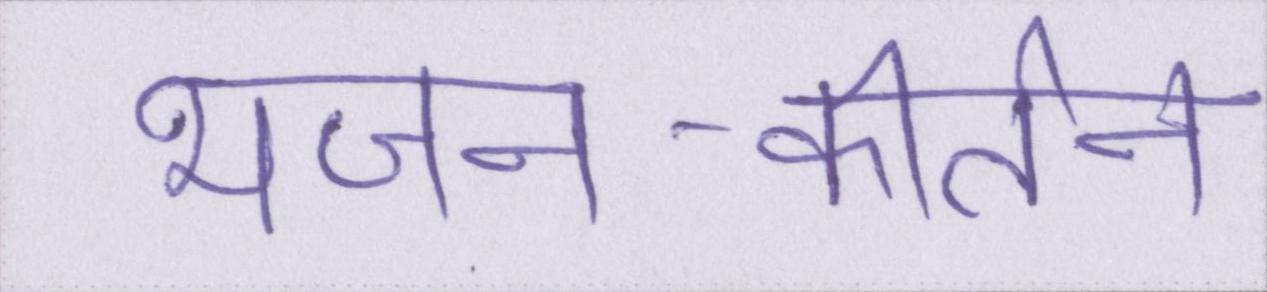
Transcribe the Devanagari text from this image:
भजन-कीर्तन